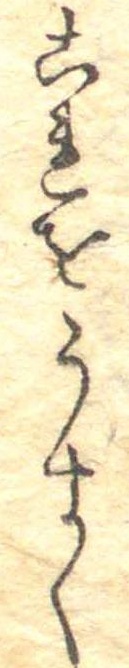
これをうすく